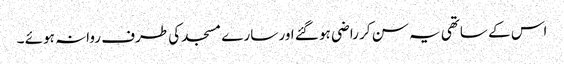
اس کے ساتھی یہ سن کر راضی ہو گئے اور سارے مسجد کی طرف روانہ ہوئے ۔